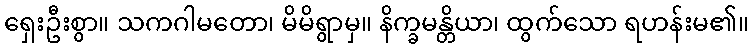
ရှေးဦးစွာ။ သကဂါမတော၊ မိမိရွာမှ။ နိက္ခမန္တိယာ၊ ထွက်သော ရဟန်းမ၏။